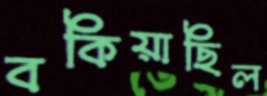
বকিয়াছিল